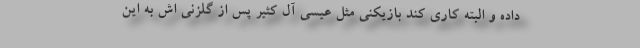
داده و البته کاری کند بازیکنی مثل عیسی آل کثیر پس از گلزنی اش به این